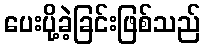
ပေးပို့ခဲ့ခြင်းဖြစ်သည်